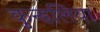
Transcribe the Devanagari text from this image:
कुन्डलिया